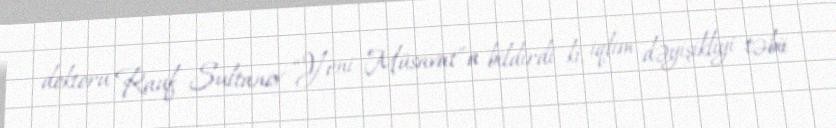
doktoru Rauf Sultanov “Yeni Müsavat”a bildirdi ki, iqlim dəyişikliyi təbii